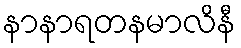
နာနာရတနမာလိနီ